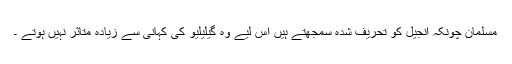
مسلمان چونکہ انجیل کو تحریف شدہ سمجھتے ہیں اس لیے وہ گیلیلیو کی کہانی سے زیادہ متاثر نہیں ہوتے ۔